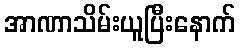
အာဏာသိမ်းယူပြီးနောက်